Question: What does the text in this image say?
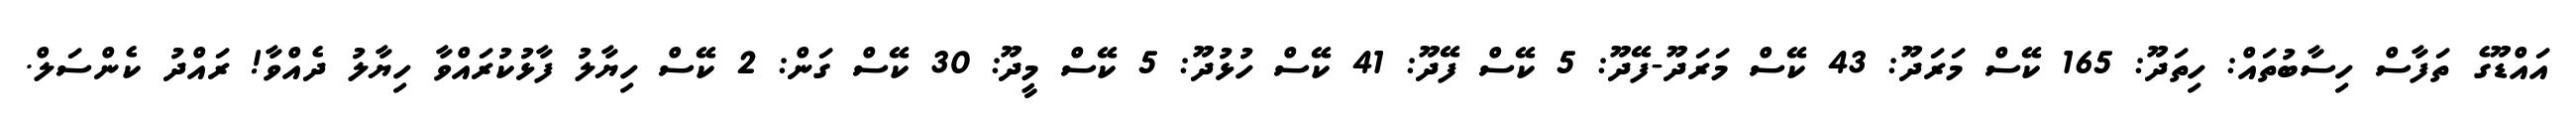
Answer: އައްޑޫގެ ތަފާސް ހިސާބުތައް: ހިތަދޫ: 165 ކޭސް މަރަދޫ: 43 ކޭސް މަރަދޫ-ފޭދޫ: 5 ކޭސް ފޭދޫ: 41 ކޭސް ހުޅުދޫ: 5 ކޭސް މީދޫ: 30 ކޭސް ގަން: 2 ކޭސް ހިޔާލު ފާޅުކުރައްވާ ހިޔާލު ދެއްވާ! ރައްދު ކެންސަލް.